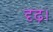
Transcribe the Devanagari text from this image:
दृढ़।